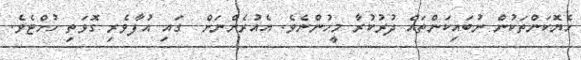
ހެޔޮކަންތަކުން ނުބައިކަންތައް ދުރުކުރާ މީހުންނެވެ. އެއުރެންނަށް  ގައި އުފާވެރި ގޮވަތި ހުށްޓެވެ.